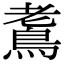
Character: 𪀧